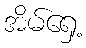
အိမ်ရှေ့